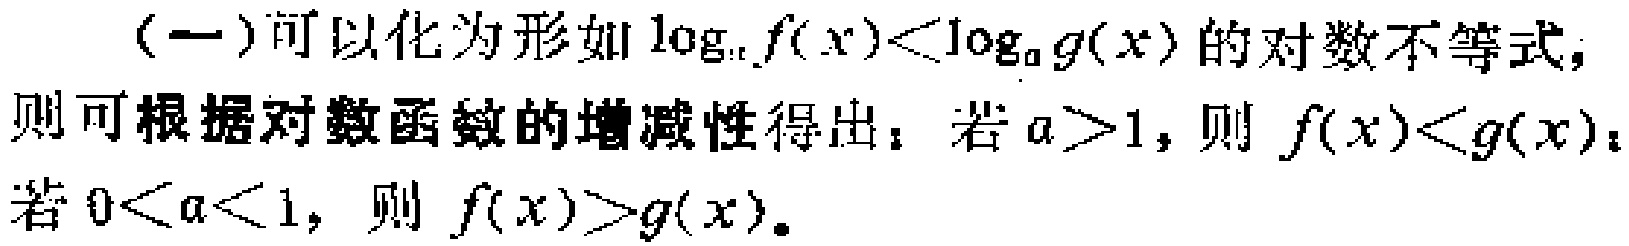
（一）可以化为形如\(\log_{a}f(x)<\log_{a}g(x)\)的对数不等式，则可根据对数函数的增减性得出：若\(a > 1\)，则\(f(x)<g(x)\)；若\(0 < a < 1\)，则\(f(x)>g(x)\)。